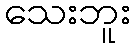
သေးဘူး